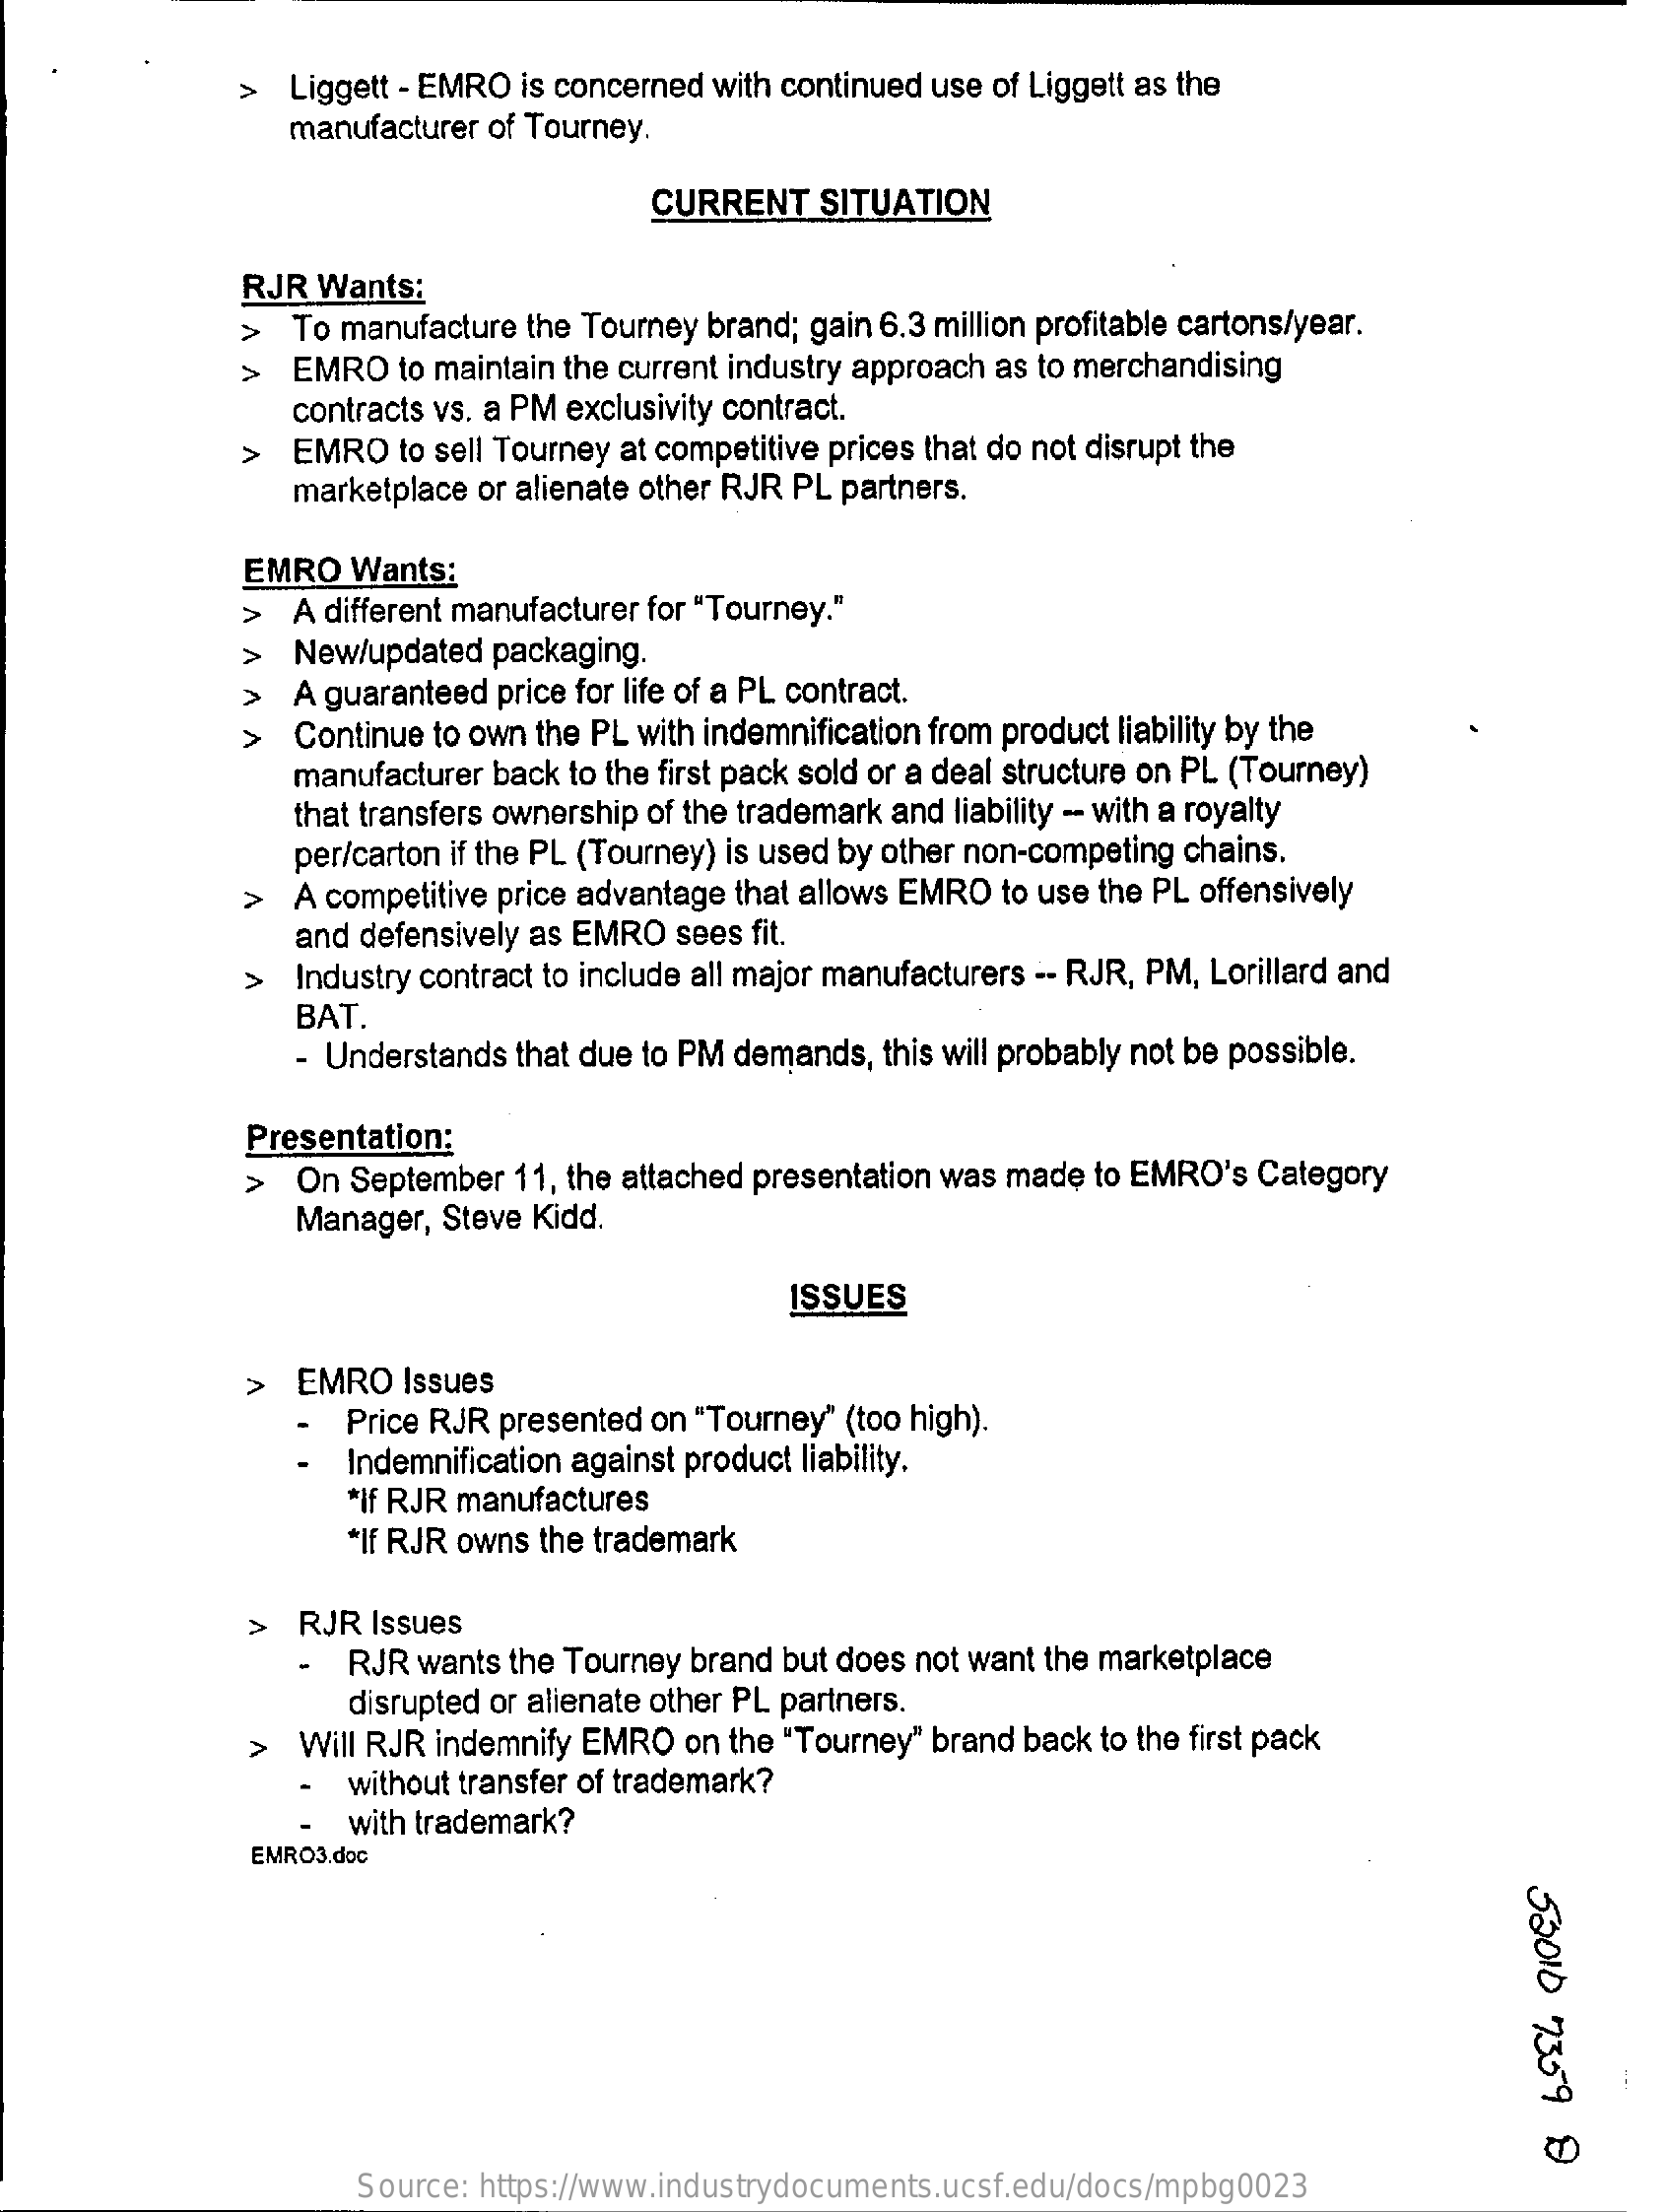
Liggett - EMRO is concerned with continued use of Liggett as the
     manufacturer of Tourney.
     CURRENT   SITUATION
     RJR Wants:
     >  To manufacture the Tourney brand; gain 6.3 million profitable cartons/year.
     >  EMRO  to maintain the current industry approach as to merchandising
     contracts vs. a PM exclusivity contract.
     >  EMRO  to sell Tourney at competitive prices that do not disrupt the
     marketplace or alienate other RJR PL partners.
     EMRO  Wants:
     >  A different manufacturer for "Tourney."
     >  New/updated packaging.
     >  A guaranteed price for life of a PL contract.
     Continue to own the PL with indemnification from product liability by the
     V
     manufacturer back to the first pack sold or a deal structure on PL (Tourney)
     that transfers ownership of the trademark and liability -- with a royalty
     per/carton if the PL (Tourney) is used by other non-competing chains.
     >  A competitive price advantage that allows EMRO to use the PL offensively
     and defensively as EMRO sees fit.
     Industry contract to include all major manufacturers -- RJR, PM, Lorillard and
     BAT.
     - Understands that due to PM demands, this will probably not be possible.
     Presentation:
     >  On September 11, the attached presentation was made to EMRO's Category
     Manager, Steve Kidd.
     ISSUES
     >  EMRO  Issues
     Price RJR presented on "Tourney" (too high).
     Indemnification against product liability.
     *If RJR manufactures
     *If RJR owns the trademark
     >  RJR  Issues
     RJR wants the Tourney brand but does not want the marketplace
     disrupted or alienate other PL partners.
     >  Will RJR indemnify EMRO on the "Tourney" brand back to the first pack
     without transfer of trademark?
     with trademark?
     EMRO3.doc
     52010
     7359
     8
     Source: https://www.industrydocuments.ucsf.edu/docs/mpbg0023